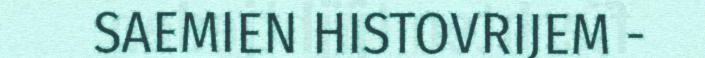
SAEMIEN HISTOVRIJEM -